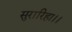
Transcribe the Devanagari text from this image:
सुरारिहा।।